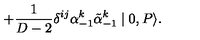
+ { \frac { 1 } { D - 2 } } { \delta } ^ { i j } { \alpha } _ { - 1 } ^ { k } \tilde { \alpha } _ { - 1 } ^ { k } \mid 0 , P \rangle .